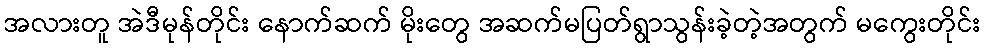
အလားတူ အဲဒီမုန်တိုင်း နောက်ဆက် မိုးတွေ အဆက်မပြတ်ရွာသွန်းခဲ့တဲ့အတွက် မကွေးတိုင်း